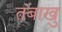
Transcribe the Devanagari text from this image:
तंबाखु